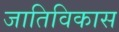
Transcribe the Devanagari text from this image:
जातिविकास